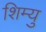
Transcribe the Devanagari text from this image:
शिम्यु